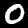
Digit: 0